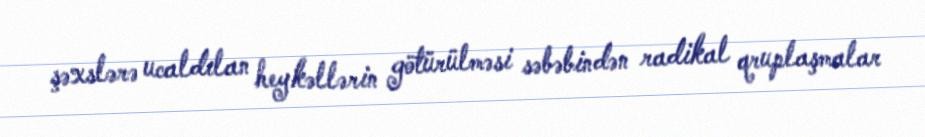
şəxslərə ucaldılan heykəllərin götürülməsi səbəbindən radikal qruplaşmalar